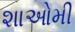
શાઓમી